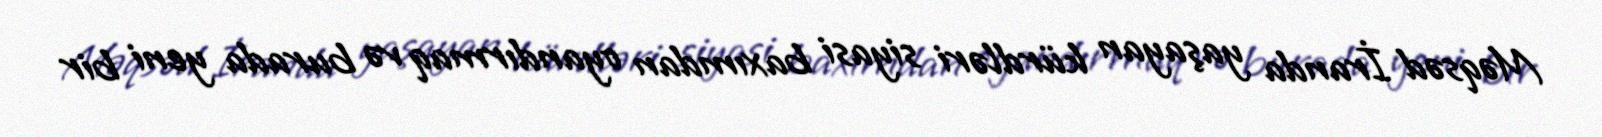
Məqsəd İranda yaşayan kürdləri siyasi baxımdan oyandırmaq və burada yeni bir